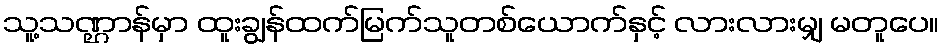
သူ့သဏ္ဌာန်မှာ ထူးချွန်ထက်မြက်သူတစ်ယောက်နှင့် လားလားမျှ မတူပေ။